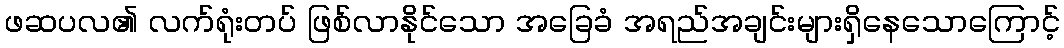
ဖဆပလ၏ လက်ရုံးတပ် ဖြစ်လာနိုင်သော အခြေခံ အရည်အချင်းများရှိနေသောကြောင့်